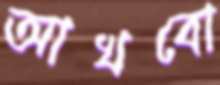
আখবো